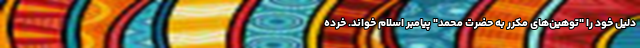
دلیل خود را "توهین‌های مکرر به حضرت محمد" پیامبر اسلام خواند. خرده